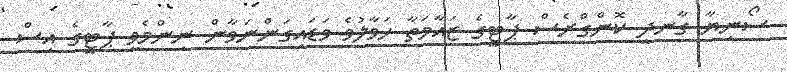
ސޯނިޔާ ގާނދީ ކޮންގްރެސް ޕާޓީގެ ޒައާމަތާ ހަވާލުވެ ވަޑައިގަންނަވާން ނިންމެވީ ޕާޓީގެ އިސް